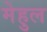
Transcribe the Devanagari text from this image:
मेहुल